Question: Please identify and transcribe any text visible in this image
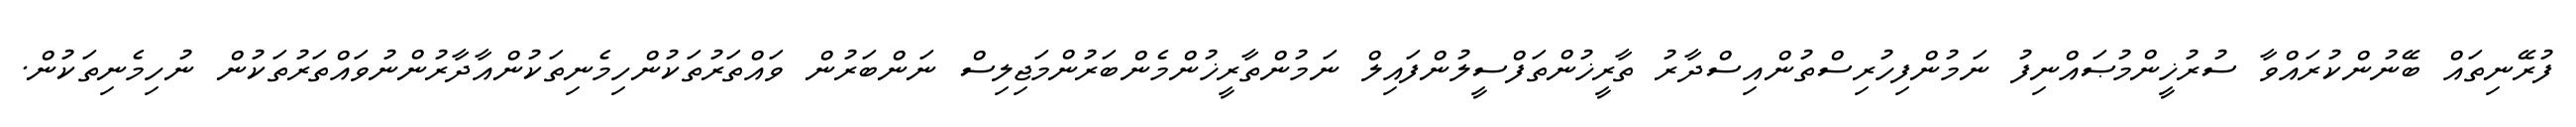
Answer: ފުރޭނިތައް ބޭނުންކުރައްވާ ސުރުޚީންމުޞައްނިފު ނަމުންފިހުރިސްތުންއިސްދާރު ތާރީޚުންތަފްސީލުންފައިލް ނަމުންތާރީޚުންމެންބަރުންމަޖިލިސް ނަންބަރުން ވައްތަރުތަކުންހިމެނިތަކުންއާދާރުންނުވައްތަރުތަކުން ނުހިމެނިތަކުން.